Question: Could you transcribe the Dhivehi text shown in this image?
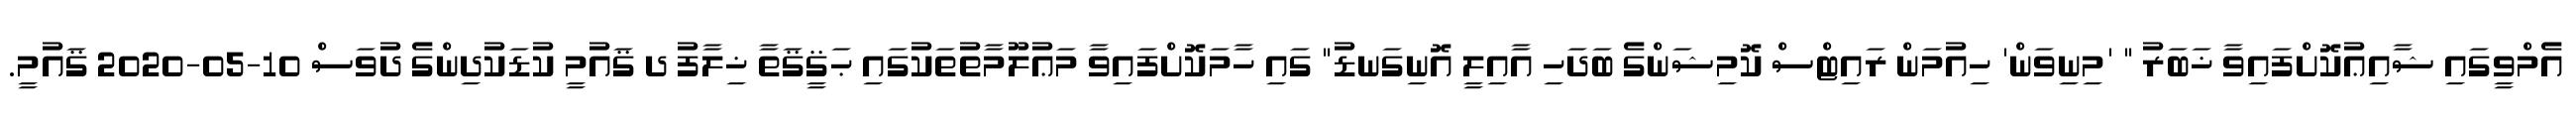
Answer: އެމްވީގައި ޝާއިޢުކޮށްފައިވާ ޚަބަރު " 'މިނިވަން' ހިއުމަން ރައިޓްސް ކޮމިޝަންގެ ބަދަހި އާއިލީ އޮނިގަނޑު" ގައި ހާމަކޮށްފައިވާ މަޢުލޫމާތުތަކުގައި ޙަޤީޤަތާ ޚިލާފު ދ ޤައުމީ ކުޑަކުދިންގެ ދުވަސް 10-05-2020 ޤައުމީ.